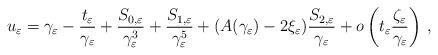
LaTeX: \begin{align*}u_\varepsilon=\gamma_\varepsilon-\frac{t_\varepsilon}{\gamma_\varepsilon}+\frac{S_{0,\varepsilon}}{\gamma_\varepsilon^3}+\frac{S_{1,\varepsilon}}{\gamma_\varepsilon^5}+(A(\gamma_\varepsilon)-2\xi_\varepsilon)\frac{S_{2,\varepsilon}}{\gamma_\varepsilon}+o\left(t_\varepsilon\frac{\zeta_\varepsilon}{\gamma_\varepsilon} \right)\,,\end{align*}